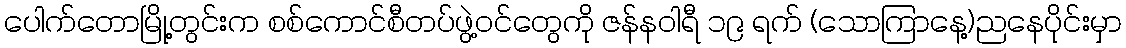
ပေါက်တောမြို့တွင်းက စစ်ကောင်စီတပ်ဖွဲ့ဝင်တွေကို ဇန်နဝါရီ ၁၉ ရက် (သောကြာနေ့)ညနေပိုင်းမှာ